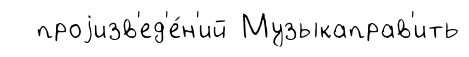
проjизв'ед'е́н'ий Музыкаправ'ить